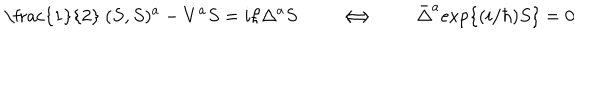
\mathrm { ~ \frac { 1 } { 2 } ~ } ( S , S ) ^ { a } - V ^ { a } S = i \hbar \Delta ^ { a } S \qquad \Longleftrightarrow \qquad \bar { \Delta } ^ { a } \mathrm { e x p } \{ ( i / \hbar ) S \} = 0